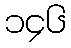
၁၄၆